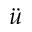
\ddot { u }